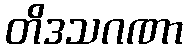
တိဒသဂဏာ